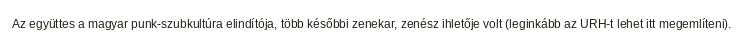
Az együttes a magyar punk-szubkultúra elindítója, több későbbi zenekar, zenész ihletője volt (leginkább az URH-t lehet itt megemlíteni).